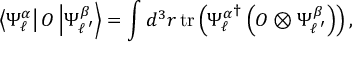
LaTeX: \left< { \Psi _ { \ell } ^ { \alpha } } \right| O \left| \Psi _ { \ell \, ^ { \prime } } ^ { \beta } \right> = \int d ^ { 3 } r \, \mathrm { t r } \left( { \Psi _ { \ell } ^ { \alpha } } ^ { \dagger } \left( O \otimes \Psi _ { \ell \, ^ { \prime } } ^ { \beta } \right) \right) ,